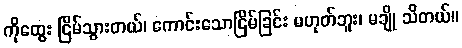
ကိုထွေး ငြိမ်သွားတယ်၊ ကောင်းသောငြိမ်ခြင်း မဟုတ်ဘူး၊ မချို သိတယ်။